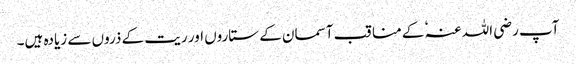
آپ رضی اللہ عنہٗ کے مناقب آسمان کے ستاروں اور ریت کے ذروں سے زیادہ ہیں۔